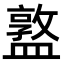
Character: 𥂦